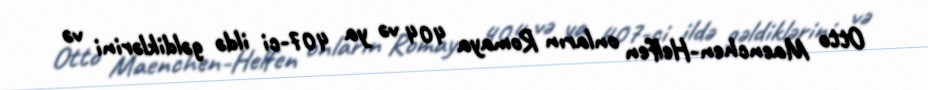
Otto Maenchen-Helfen onların Romaya 404 və ya 407-ci ildə gəldiklərini və